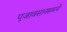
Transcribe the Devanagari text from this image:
पूजावसानसमये